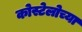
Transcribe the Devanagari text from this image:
कोस्टेलोच्या